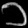
Digit: ၁